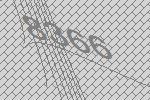
8366